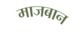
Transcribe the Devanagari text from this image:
माजबान